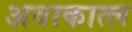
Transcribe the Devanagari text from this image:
अवाकात्ल